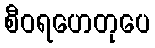
စီဝရဟေတုပေ